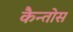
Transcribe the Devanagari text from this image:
कैन्तोस